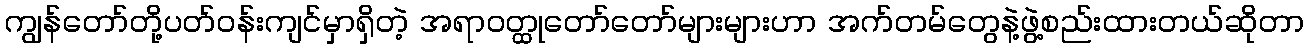
ကျွန်တော်တို့ပတ်ဝန်းကျင်မှာရှိတဲ့ အရာဝတ္ထုတော်တော်များများဟာ အက်တမ်တွေနဲ့ဖွဲ့စည်းထားတယ်ဆိုတာ